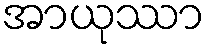
အာယုဿာ